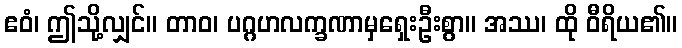
ဧဝံ၊ ဤသို့လျှင်။ တာဝ၊ ပဂ္ဂဟလက္ခဏာမှရှေးဦးစွာ။ အဿ၊ ထို ဝီရိယ၏။